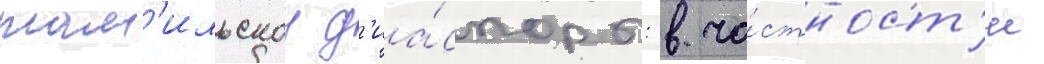
там'ильскои д'иа́споры: в ча́стност'и